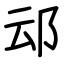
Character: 䢵